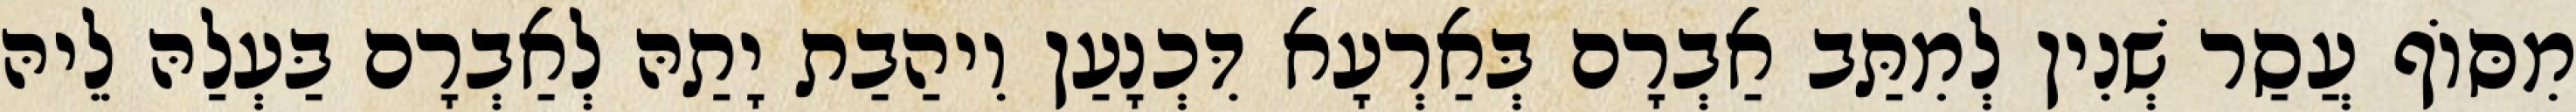
מִסּוֹף עֲסַר שְׁנִין לְמִתַּב אַבְרָם בְּאַרְעָא דִּכְנָעַן וִיהַבַת יָתַהּ לְאַבְרָם בַּעְלַהּ לֵיהּ